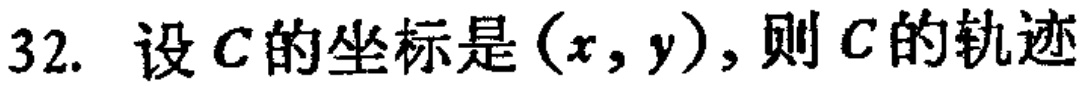
32. 设\(C\)的坐标是\((x,y)\)，则\(C\)的轨迹